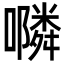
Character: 𭌇